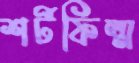
শর্টফিল্ম